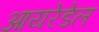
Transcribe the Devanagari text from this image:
आयरेडेल